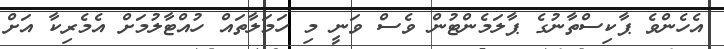
އެހެންވެ ޕާކިސްތާނުގެ ޕާލަމެންޓުން ވެސް ވަނީ މި ހަމަލާތައް ހުއްޓާލުމަށް އެމެރިކާ އަށް